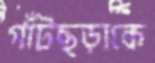
গাঁটছড়াকে